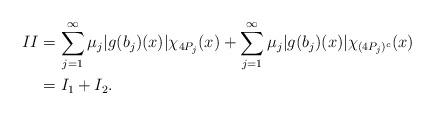
LaTeX: \begin{align*}\begin{aligned}\uppercase\expandafter{\romannumeral2}&=\sum\limits_{j=1}^{\infty}\mu_{j}\vert g(b_{j})(x)\vert\chi_{4P_{j}}(x)+\sum\limits_{j=1}^{\infty}\mu_{j}\vert g(b_{j})(x)\vert\chi_{(4P_{j})^{c}}(x)\\&=\uppercase\expandafter{\romannumeral1}_{1}+\uppercase\expandafter{\romannumeral1}_{2}.\end{aligned}\end{align*}